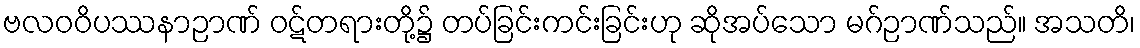
ဗလဝဝိပဿနာဉာဏ် ဝဋ်တရားတို့၌ တပ်ခြင်းကင်းခြင်းဟု ဆိုအပ်သော မဂ်ဉာဏ်သည်။ အသတိ၊